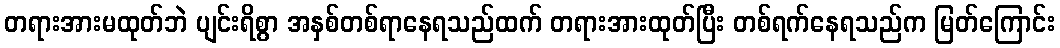
တရားအားမထုတ်ဘဲ ပျင်းရိစွာ အနှစ်တစ်ရာနေရသည်ထက် တရားအားထုတ်ပြီး တစ်ရက်နေရသည်က မြတ်ကြောင်း